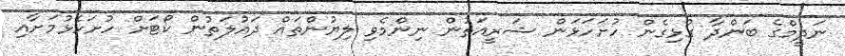
ނަދީމްގެ ބަންދާ ގުޅިގެން ހުށަހަޅަން ޝަރީއަތުން ނިންމެވި ލިޔުންތައް ދައުލަތުން ކޯޓަށް ހުށަހެޅުމަށާއި